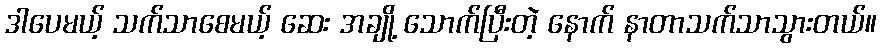
ဒါပေမယ့် သက်သာစေမယ့် ဆေး အချို့ သောက်ပြီးတဲ့ နောက် နာတာသက်သာသွားတယ်။